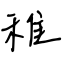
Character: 稚